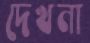
দেখনা